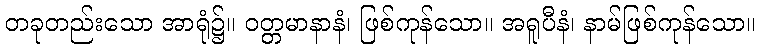
တခုတည်းသော အာရုံ၌။ ဝတ္တမာနာနံ၊ ဖြစ်ကုန်သော။ အရူပီနံ၊ နာမ်ဖြစ်ကုန်သော။